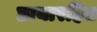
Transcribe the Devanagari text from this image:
छायारहित